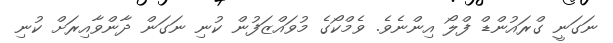
ނަގަނީ ގްރައުންޑް ފްލޯ އިންނެވެ. ވެމްކޯގެ މުވައްޒަފުން ކުނި ނަގަން ދާންވާއިރަށް ކުނި